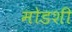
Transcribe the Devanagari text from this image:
मोडशी